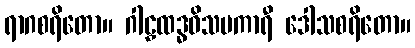
ရာဂစရိတော။ ဂါဠှထဒ္ဓဝိသမကာရီ ဒေါသစရိတော။